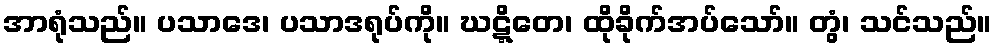
အာရုံသည်။ ပသာဒေ၊ ပသာဒရုပ်ကို။ ဃဋ္ဋိတေ၊ ထိုခိုက်အပ်သော်။ တွံ၊ သင်သည်။